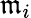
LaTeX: \mathfrak{m}_{i}